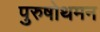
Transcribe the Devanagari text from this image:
पुरुषोथमन